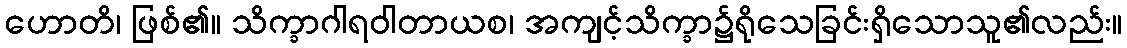
ဟောတိ၊ ဖြစ်၏။ သိက္ခာဂါရဝါတာယစ၊ အကျင့်သိက္ခာ၌ရိုသေခြင်းရှိသောသူ၏လည်း။